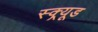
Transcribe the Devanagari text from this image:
स्क्र्यूड